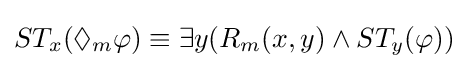
ST_{x}(\Diamond _{m}\varphi )\equiv \exists y(R_{m}(x,y)\wedge ST_{y}(\varphi ))